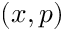
( x , p )